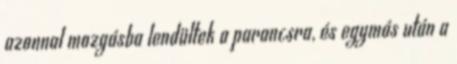
azonnal mozgásba lendültek a parancsra, és egymás után a